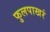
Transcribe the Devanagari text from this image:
फुलपाखरं